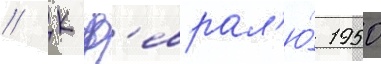
// К ф'еврал'ю́ 1950